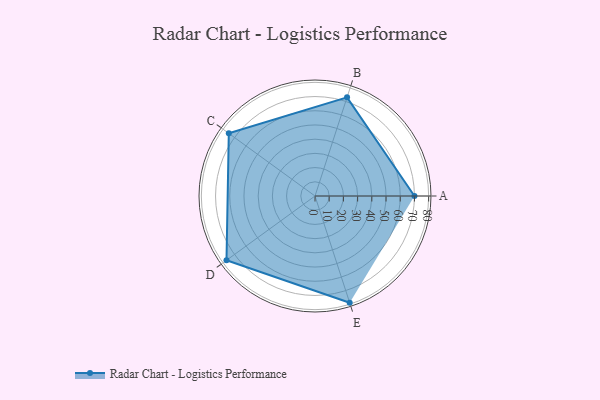
{"axis": {"x": "Skill", "y": "Score"}, "legend": ["Profile"], "data": [{"x": "A", "y": 70.0, "type": "Profile"}, {"x": "B", "y": 73.0, "type": "Profile"}, {"x": "C", "y": 75.0, "type": "Profile"}, {"x": "D", "y": 77.0, "type": "Profile"}, {"x": "E", "y": 79.0, "type": "Profile"}]}